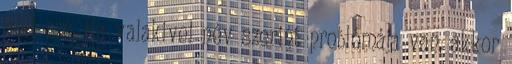
volt szó. Ha valakivel név szerint problémája van, akkor